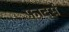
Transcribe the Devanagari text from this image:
फ़ादर्स